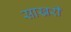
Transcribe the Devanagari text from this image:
साखरी